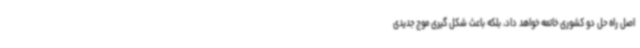
اصل راه حل دو کشوری خاتمه خواهد داد، بلکه باعث شکل گیری موج جدیدی